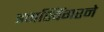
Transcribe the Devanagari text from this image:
इनस्विंगरने